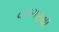
વળગણથી